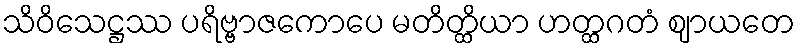
သိဝိသေဋ္ဌဿ ပရိဗ္ဗာဇကောပေ မတိတ္ထိယာ ဟတ္ထဂတံ ဈာယတေ